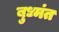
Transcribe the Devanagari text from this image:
बुध्मंत